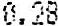
0.28